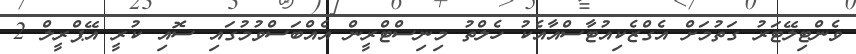
ވެންޓިލޭޓަރު ގަތުމަށް އެގްޒެކިއުޓާސްއާއެކު ހެލްތު މިނިސްޓްރީން އެއްބަސްވުމުގައި ސޮއި ކުރީ އޭޕްރީލް 2